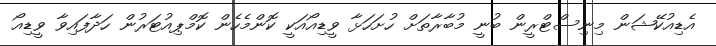
އެޑިއުކޭޝަން މިނިސްޓްރީން ބުނީ މުބާރާތަށް ހުށަހަޅާ ވީޑިއޯއަކީ ކޮންމެހެން ކޮމްޕިއުޓަރުން ހަދާފައިވާ ވީޑިއޯ